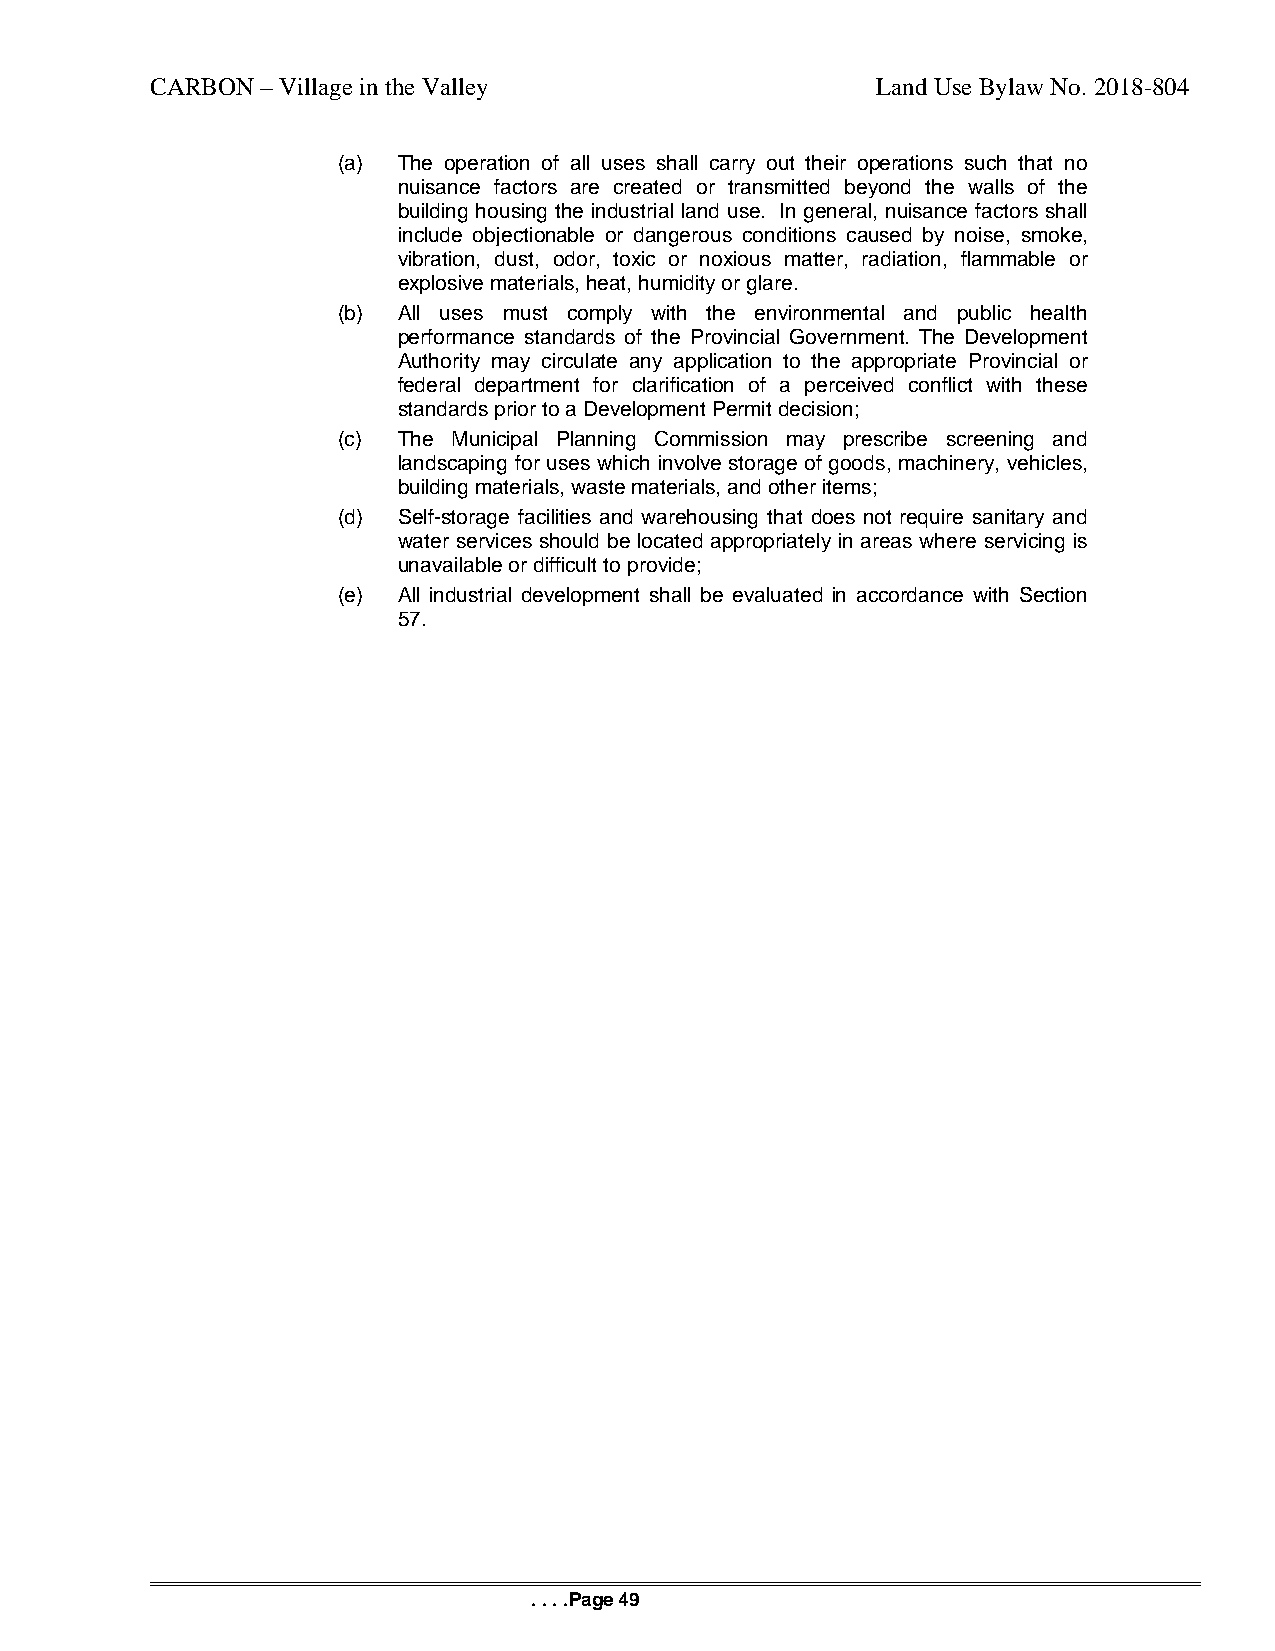
CARBON – Village in the Valley                  Land Use Bylaw No. 2018-804
 (a) The operation of all uses shall carry out their operations such that no
 nuisance factors are created or transmitted beyond the walls of the
 building housing the industrial land use. In general, nuisance factors shall
 include objectionable or dangerous conditions caused by noise, smoke,
 vibration, dust, odor, toxic or noxious matter, radiation, flammable or
 explosive materials, heat, humidity or glare.
 (b) All uses must comply with the environmental and public health
 performance standards of the Provincial Government. The Development
 Authority may circulate any application to the appropriate Provincial or
 federal department for clarification of a perceived conflict with these
 standards prior to a Development Permit decision;
 (c) The Municipal Planning Commission may prescribe screening and
 landscaping for uses which involve storage of goods, machinery, vehicles,
 building materials, waste materials, and other items;
 (d) Self-storage facilities and warehousing that does not require sanitary and
 water services should be located appropriately in areas where servicing is
 unavailable or difficult to provide;
 (e) All industrial development shall be evaluated in accordance with Section
 57.
 . . . .Page 49